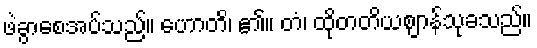
ဖဲခွာစေအပ်သည်။ ဟောတိ၊ ၏။ တံ၊ ထိုတတိယဈာန်သုခသည်။